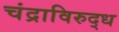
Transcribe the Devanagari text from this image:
चंद्राविरुद्ध